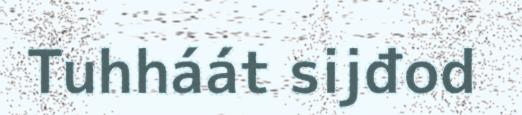
Tuhháát sijđod